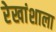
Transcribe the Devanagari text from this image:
रेखांशाला